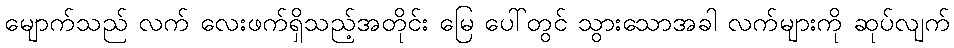
မျောက်သည် လက် လေးဖက်ရှိသည့်အတိုင်း မြေ ပေါ်တွင် သွားသောအခါ လက်များကို ဆုပ်လျက်